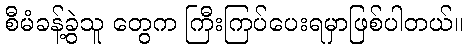
စီမံခန့်ခွဲသူ တွေက ကြီးကြပ်ပေးရမှာဖြစ်ပါတယ်။